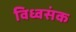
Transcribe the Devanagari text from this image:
विध्वसंक